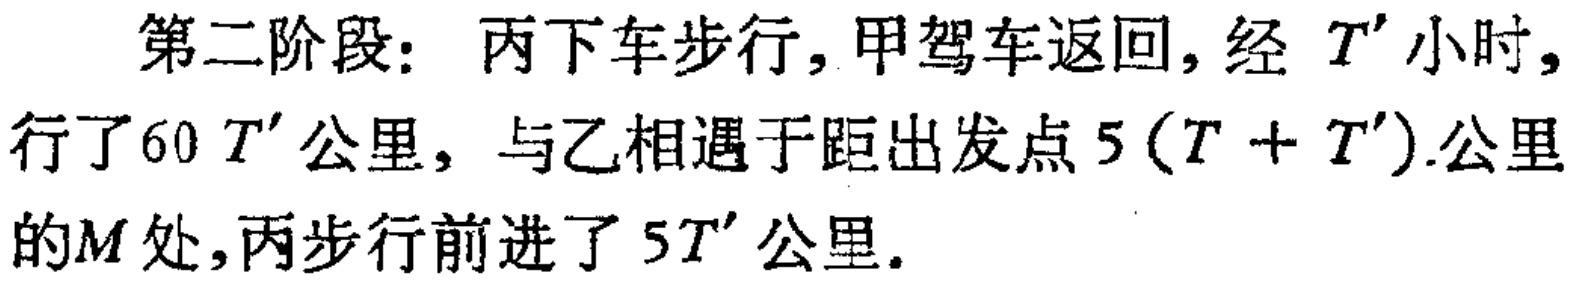
第二阶段：丙下车步行, 甲驾车返回, 经 \(T'\) 小时, 行了 \(60T'\) 公里, 与乙相遇于距出发点 \(5(T + T')\) 公里的 \(M\) 处, 丙步行前进了 \(5T'\) 公里.